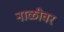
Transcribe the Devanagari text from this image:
नाळीवर